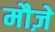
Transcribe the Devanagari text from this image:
मौज़े